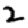
Digit: 2